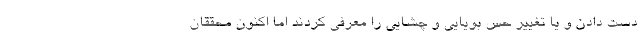
دست دادن و یا تغییر حس بویایی و چشایی را معرفی کردند اما اکنون محققان